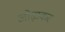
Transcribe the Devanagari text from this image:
ओढ़ाकर